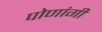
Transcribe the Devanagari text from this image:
पोणांगी